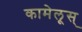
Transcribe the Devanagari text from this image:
कामेलूस्